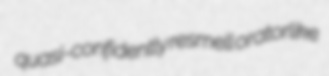
quasi-confidently resmell oratorlike